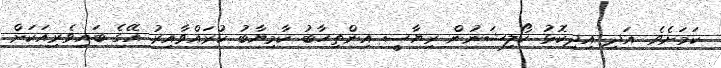
ކަމަށެވެ. އަދި އިދިކޮޅު ކޯލިޝަނުން ރިޔާސީ އިންތިހާބު ކާމިޔާބު ކުރައްވާއިރު އޭގެ ބައިވެރިއަކަށް